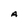
Character: A